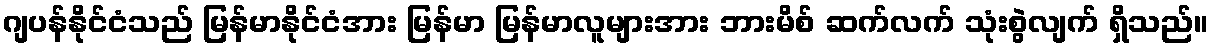
ဂျပန်နိုင်ငံသည် မြန်မာနိုင်ငံအား မြန်မာ မြန်မာလူများအား ဘားမိစ် ဆက်လက် သုံးစွဲလျက် ရှိသည်။